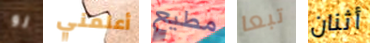
لو أعلمني مطيع تبعا أثنان